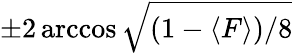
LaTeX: \pm 2\operatorname{arccos}\sqrt{(1-\langle F\rangle)/8}